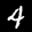
Label: 4